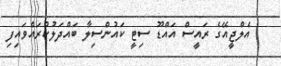
އެލްޖީއޭގެ ރައީސް އައްޑޫ ސިޓީ ކައުންސިލާ ބައްދަލުކުރައްވައިފި